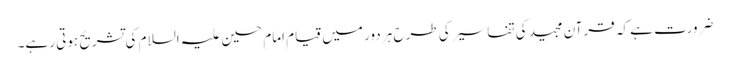
ضرورت ہے کہ قرآن مجید کی تفاسیر کی طرح ہر دور میں قیام امام حسین علیہ السلام کی تشریح ہوتی رہے۔